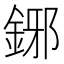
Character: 鋣